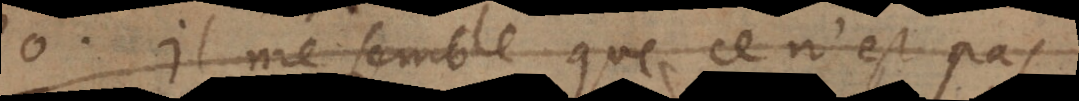
P. Il me semble que ce n’est pas